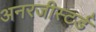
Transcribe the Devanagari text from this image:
अनरजीस्टर्ड